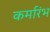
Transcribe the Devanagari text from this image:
कर्मारंभ